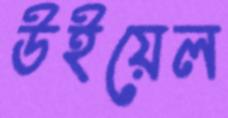
উইয়েল